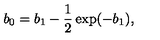
b _ { 0 } = b _ { 1 } - \frac { 1 } { 2 } \exp ( - b _ { 1 } ) ,